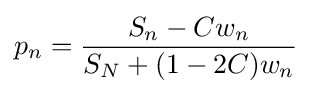
p_{n}={\frac {S_{n}-Cw_{n}}{S_{N}+(1-2C)w_{n}}}